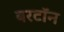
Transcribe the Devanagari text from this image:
बरटॉन